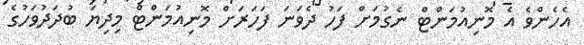
އެހެންވެ އެ މޮނިއުމަންޓް ނެގުމަށް ފަހު ދެވަނަ ފަހަރަށް މޮނިއުމަންޓް މިދިޔަ ބުދަދުވަހުގެ